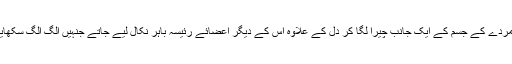
پہلے مردے کے جسم کے ایک جانب چیرا لگا کر دل کے علاوہ اس کے دیگر اعضائے رئیسہ باہر نکال لیے جاتے جنہیں الگ الگ سکھایا جاتا۔